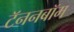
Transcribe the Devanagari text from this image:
टॅननबॉम